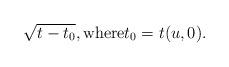
LaTeX: \begin{align*} \sqrt{t-t_0},\textrm{where}t_0=t(u,0).\end{align*}